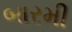
બારમી